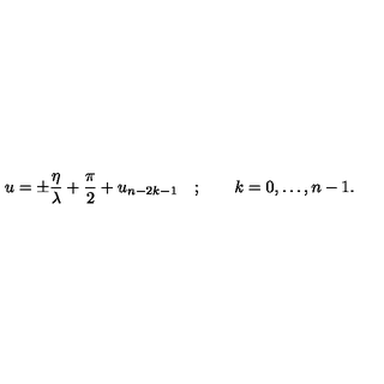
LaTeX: u = \pm \frac { \eta } { \lambda } + \frac { \pi } { 2 } + u _ { n - 2 k - 1 } \quad ; \qquad k = 0 , \dots , n - 1 .